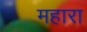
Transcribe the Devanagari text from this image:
महारा